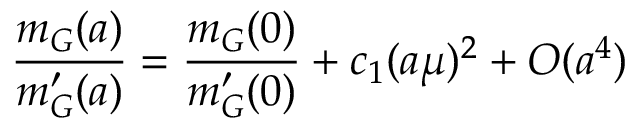
{ \frac { m _ { G } ( a ) } { m _ { G } ^ { \prime } ( a ) } } = { \frac { m _ { G } ( 0 ) } { m _ { G } ^ { \prime } ( 0 ) } } + c _ { 1 } ( a \mu ) ^ { 2 } + O ( a ^ { 4 } )